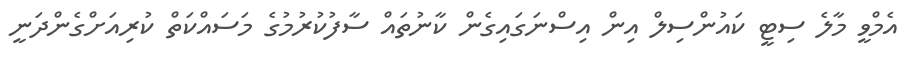
އެމްވީ މާލެ ސިޓީ ކައުންސިލް އިން އިސްނަގައިގެން ކާނުތައް ސާފުކުރުމުގެ މަސައްކަތް ކުރިއަށްގެންދަނީ